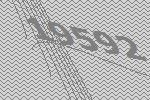
19592